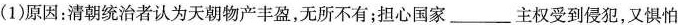
(1)原因：清朝统治者认为天朝物产丰盈，无所不有；担心国家___主权受到侵犯，又惧怕